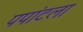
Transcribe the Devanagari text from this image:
पपांटला